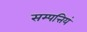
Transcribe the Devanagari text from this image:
सम्पत्तियं